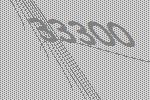
33300